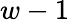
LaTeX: w-1